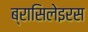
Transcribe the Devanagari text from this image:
ब्रासिलेइरस